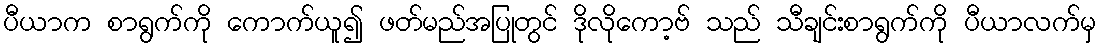
ပီယာက စာရွက်ကို ကောက်ယူ၍ ဖတ်မည်အပြုတွင် ဒိုလိုကော့ဗ် သည် သီချင်းစာရွက်ကို ပီယာလက်မှ